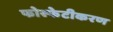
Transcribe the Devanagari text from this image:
फोस्फेटीकरण